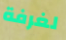
لغرفة